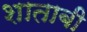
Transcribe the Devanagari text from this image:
शाताबी